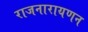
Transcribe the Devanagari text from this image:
राजनारायणन